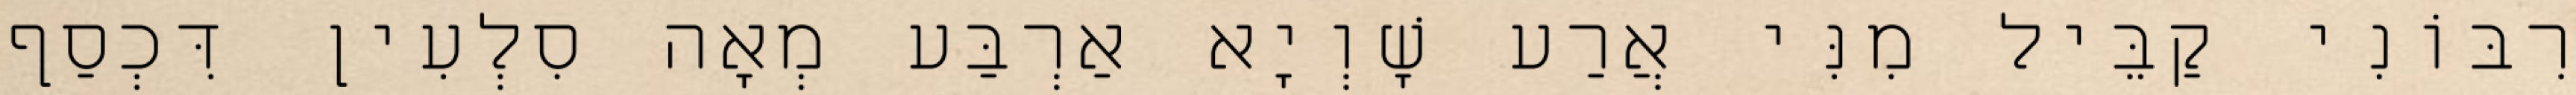
רִבּוֹנִי קַבֵּיל מִנִּי אֲרַע שָׁוְיָא אַרְבַּע מְאָה סִלְעִין דִּכְסַף